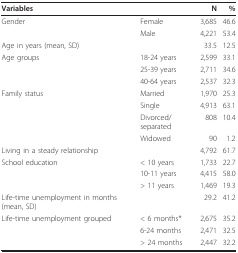
<table><thead><tr><td><b>Variables</b></td><td></td><td><b>N</b></td><td><b>%</b></td></tr></thead><tbody><tr><td>Gender</td><td>Female</td><td>3,685</td><td>46.6</td></tr><tr><td></td><td>Male</td><td>4,221</td><td>53.4</td></tr><tr><td>Age in years (mean, SD)</td><td></td><td>33.5</td><td>12.5</td></tr><tr><td>Age groups</td><td>18-24 years</td><td>2,599</td><td>33.1</td></tr><tr><td></td><td>25-39 years</td><td>2,711</td><td>34.6</td></tr><tr><td></td><td>40-64 years</td><td>2,537</td><td>32.3</td></tr><tr><td>Family status</td><td>Married</td><td>1,970</td><td>25.3</td></tr><tr><td></td><td>Single</td><td>4,913</td><td>63.1</td></tr><tr><td></td><td>Divorced/separated</td><td>808</td><td>10.4</td></tr><tr><td></td><td>Widowed</td><td>90</td><td>1.2</td></tr><tr><td>Living in a steady relationship</td><td></td><td>4,792</td><td>61.7</td></tr><tr><td>School education</td><td>&lt; 10 years</td><td>1,733</td><td>22.7</td></tr><tr><td></td><td>10-11 years</td><td>4,415</td><td>58.0</td></tr><tr><td></td><td>&gt; 11 years</td><td>1,469</td><td>19.3</td></tr><tr><td>Life-time unemployment in months (mean, SD)</td><td></td><td>29.2</td><td>41.2</td></tr><tr><td>Life-time unemployment grouped</td><td>&lt; 6 months*</td><td>2,675</td><td>35.2</td></tr><tr><td></td><td>6-24 months</td><td>2,471</td><td>32.5</td></tr><tr><td></td><td>&gt; 24 months</td><td>2,447</td><td>32.2</td></tr></tbody></table>